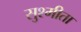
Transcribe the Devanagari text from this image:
सुश्मीता